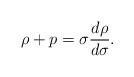
LaTeX: \begin{align*} \rho+p=\sigma \frac{d\rho}{d\sigma}.\end{align*}